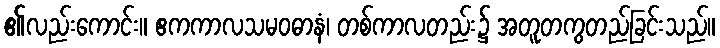
၏လည်းကောင်း။ ဧကကာလသမဝဓာနံ၊ တစ်ကာလတည်း၌ အတူတကွတည်ခြင်းသည်။